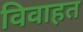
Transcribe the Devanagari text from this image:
विवाहत